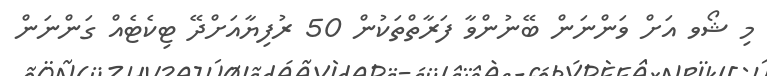
މި ޝޯވ އަށް ވަންނަން ބޭނުންވާ ފަރާތްތަކުން 50 ރުފިޔާއަށްދޭ ޓިކެޓެއް ގަންނަން